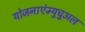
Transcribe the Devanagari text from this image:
योजनाएंम्युचुअल